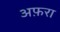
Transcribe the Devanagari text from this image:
अफ़रा